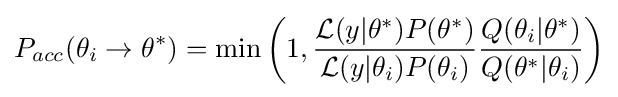
P_{acc}(\theta _{i}\to \theta ^{*})=\min \left(1,{\frac {{\mathcal {L}}(y|\theta ^{*})P(\theta ^{*})}{{\mathcal {L}}(y|\theta _{i})P(\theta _{i})}}{\frac {Q(\theta _{i}|\theta ^{*})}{Q(\theta ^{*}|\theta _{i})}}\right)